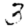
Digit: 3